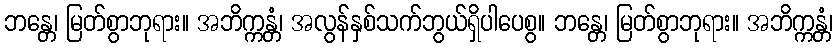
ဘန္တေ၊ မြတ်စွာဘုရား။ အဘိက္ကန္တံ၊ အလွန်နှစ်သက်ဘွယ်ရှိပါပေစွ။ ဘန္တေ၊ မြတ်စွာဘုရား။ အဘိက္ကန္တံ၊